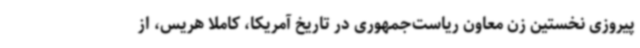
پیروزی نخستین زن معاون ریاست‌جمهوری در تاریخ آمریکا، کاملا هریس، از